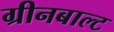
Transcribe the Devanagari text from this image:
ग्रीनबाल्ट